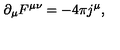
\partial _ { \mu } F ^ { \mu \nu } = - 4 \pi j ^ { \mu } ,